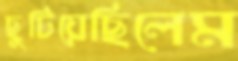
ছুটিয়েছিলেম